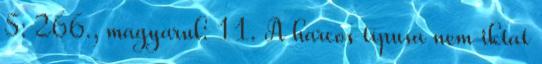
5: 266., magyarul: 11. A harcos típusa nem iktat